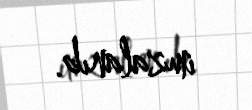
imzalanıb.